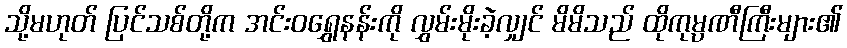
သို့မဟုတ် ပြင်သစ်တို့က အင်းဝရွှေနန်းကို လွှမ်းမိုးခဲ့လျှင် မိမိသည် ထိုကုမ္ပဏီကြီးများ၏